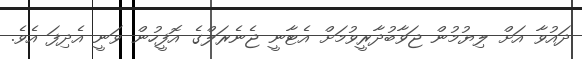
ދައުވާ އަށް ލިޔުމުން ޖަވާބުދާރީވުމަށް އެޓާނީ ޖެނެރަލްގެ އޮފީހުން ވަނީ އެދިފަ އެވެ.